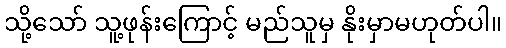
သို့သော် သူ့ဖုန်းကြောင့် မည်သူမှ နိုးမှာမဟုတ်ပါ။